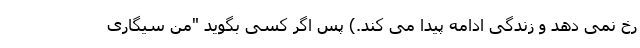
رخ نمی دهد و زندگی ادامه پیدا می کند.) پس اگر کسی بگوید "من سیگاری